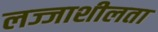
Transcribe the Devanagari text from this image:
लज्जाशीलता